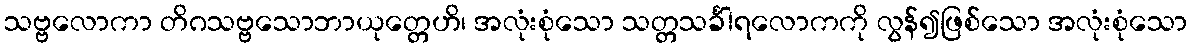
သဗ္ဗလောကာ တိဂသဗ္ဗသောဘာယုတ္တေဟိ၊ အလုံးစုံသော သတ္တသင်္ခါရလောကကို လွန်၍ဖြစ်သော အလုံးစုံသော